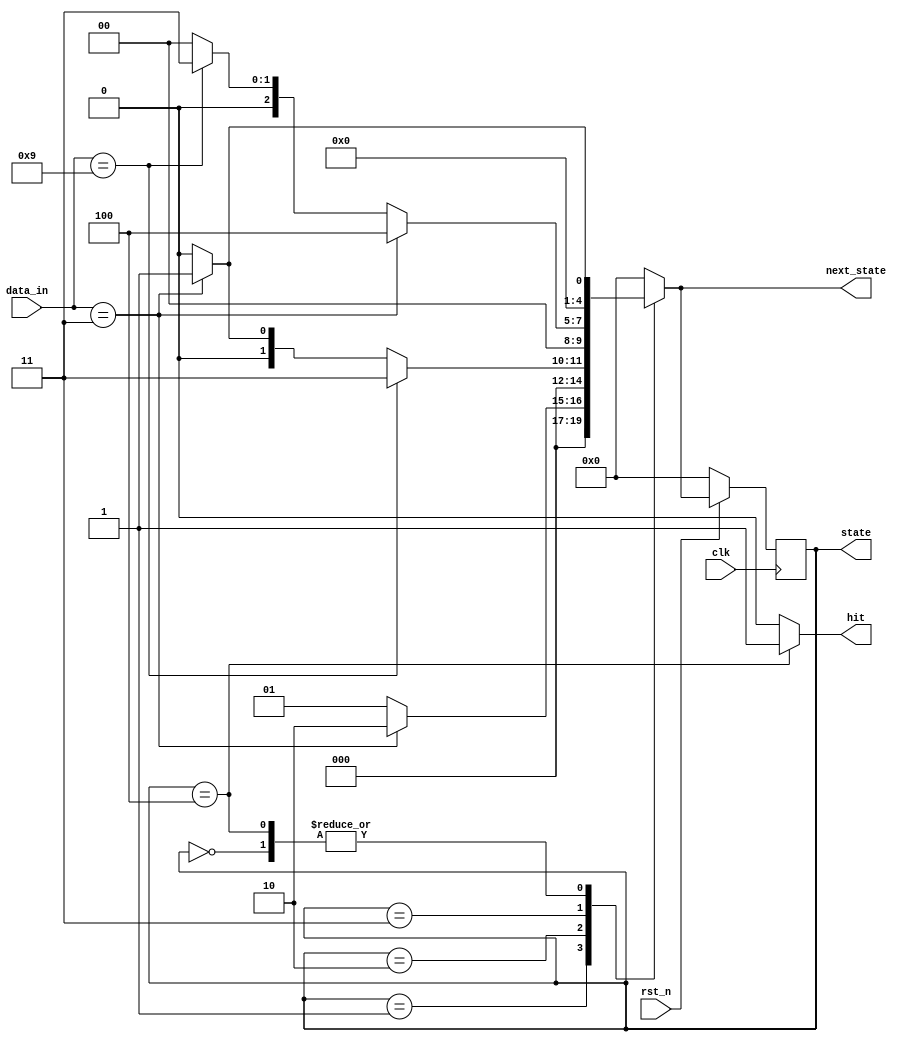
/********************************************************/
/*																		  */
/*			Lab 4: '3393' Pattern Identifier               */
/*				Jeph Mari M. Daligdig BS ECE IV             */
/********************************************************/

module pattern_identifier3393(clk,
                          state,
								  data_in,
								  hit,
								  rst_n,
								  next_state);
//Input declarations
input clk;
input [8:0] data_in;
input rst_n;

//Output declarations
output hit;	
output [4:0] state;
output [4:0] next_state;

//Data Types
wire clk;
wire rst_n;
wire [8:0] data_in;
reg [4:0] next_state;
reg [4:0] state;
reg hit;

//Parametric values
parameter [8:0] idle = 9'd0;
parameter [8:0] state1 = 9'd1;
parameter [8:0] state2 = 9'd2;
parameter [8:0] state3 = 9'd3;
parameter [8:0] target = 9'd4;

//Combinational section
always @ (*)
   begin
	   case (state)
		   idle  : if (data_in == 3)
			         begin
						   next_state <= state1;
						end
						else
						begin
						   next_state <= idle;
						end
			state1:  if (data_in == 3)
			         begin
						   next_state <= state2;
						end
						else
						   begin
							   next_state <= state1;
							end
			state2:  if (data_in == 9)
						begin
						   next_state <= state3;
						end
						else
						   if (data_in == 3)
							begin
							   next_state <= state1;
							end
							else
							   if (data_in == 3)
							    begin 
								    next_state <= state2;
								 end
								 else
								 begin
								    next_state <= idle;
								 end
		   state3:  if (data_in == 3)
		            begin 
					      next_state <= target;
						end
					   else
					      if (data_in == 3)	
							begin
							   next_state <= state1;
							end
							else
							   if (data_in == 3)
								begin
								   next_state <= state2;
								end
								else
								   if (data_in == 9)
									begin 
									   next_state <= state3;
									end 
									else
									begin
									   next_state <= idle;
									end
			target:  if (data_in == 3)
							begin 
							    next_state <= state1;
						   end
					   else
						   begin
							next_state <= idle;
							end
			default: next_state <= idle;
		endcase
	end
//Sequential Section of FSM Specifying the value of 'state'
always @ (posedge clk)
begin
   if (!rst_n)
	   state <= idle;
	else
	   state <= next_state;
end

//Hit is enabled when 'target' state is reached
always @ (*)
begin
   case (state)
	   idle  : hit = 1'b0;
		state1: hit = 1'b0;
		state2: hit = 1'b0;
		state3: hit = 1'b0;
		target: hit = 1'b1;
		default:hit = 1'b0;
	endcase
end
endmodule